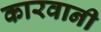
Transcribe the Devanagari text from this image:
कारवानी